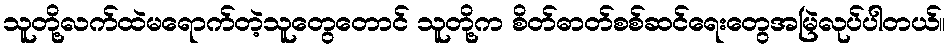
သူတို့လက်ထဲမရောက်တဲ့သူတွေတောင် သူတို့က စိတ်ဓာတ်စစ်ဆင်ရေးတွေအမြဲလုပ်ပါတယ်။